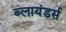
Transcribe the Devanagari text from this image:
ब्लायंडर्स